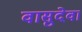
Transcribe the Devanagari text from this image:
वासुदेवा